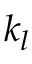
k _ { l }